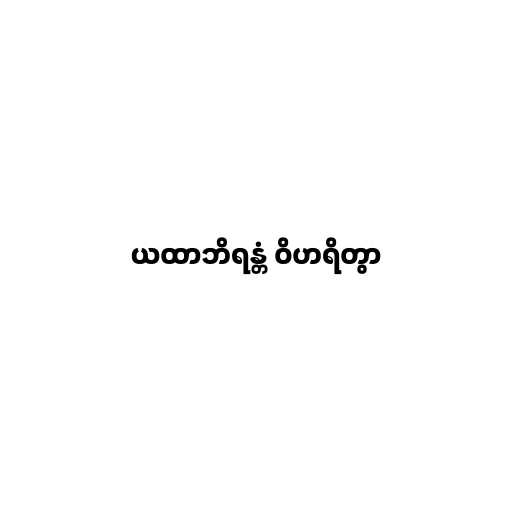
ယထာဘိရန္တံ ဝိဟရိတွာ